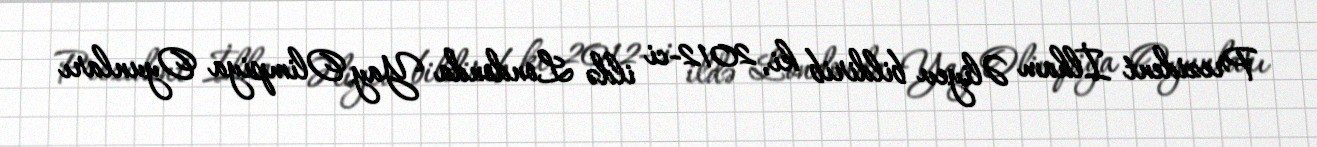
Prezident İlham Əliyev bildirib ki, 2012-ci ildə Londonda Yay Olimpiya Oyunları